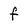
Character: f